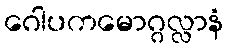
ဂေါပကမောဂ္ဂလ္လာနံ